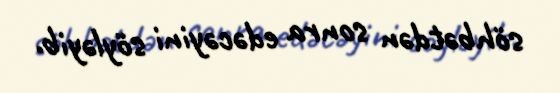
söhbətdən sonra edəcəyini söyləyib.